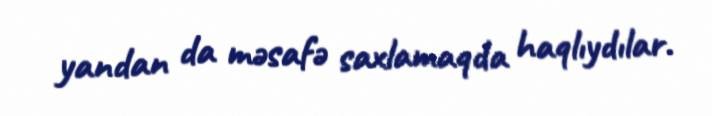
yandan da məsafə saxlamaqda haqlıydılar.